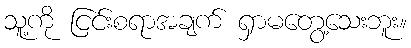
သူ့ကို ငြင်းစရာအချက် ရှာမတွေ့သေးဘူး။